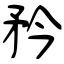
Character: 矜